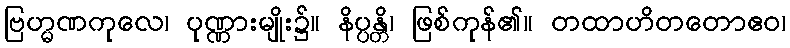
ဗြဟ္မဏကုလေ၊ ပုဏ္ဏားမျိုး၌။ နိပ္ပန္တိ၊ ဖြစ်ကုန်၏။ တထာဟိတတောဧဝ၊